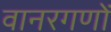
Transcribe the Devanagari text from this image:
वानरगणों